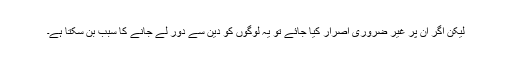
لیکن اگر ان پر غیر ضروری اصرار کیا جائے تو یہ لوگوں کو دین سے دور لے جانے کا سبب بن سکتا ہے۔